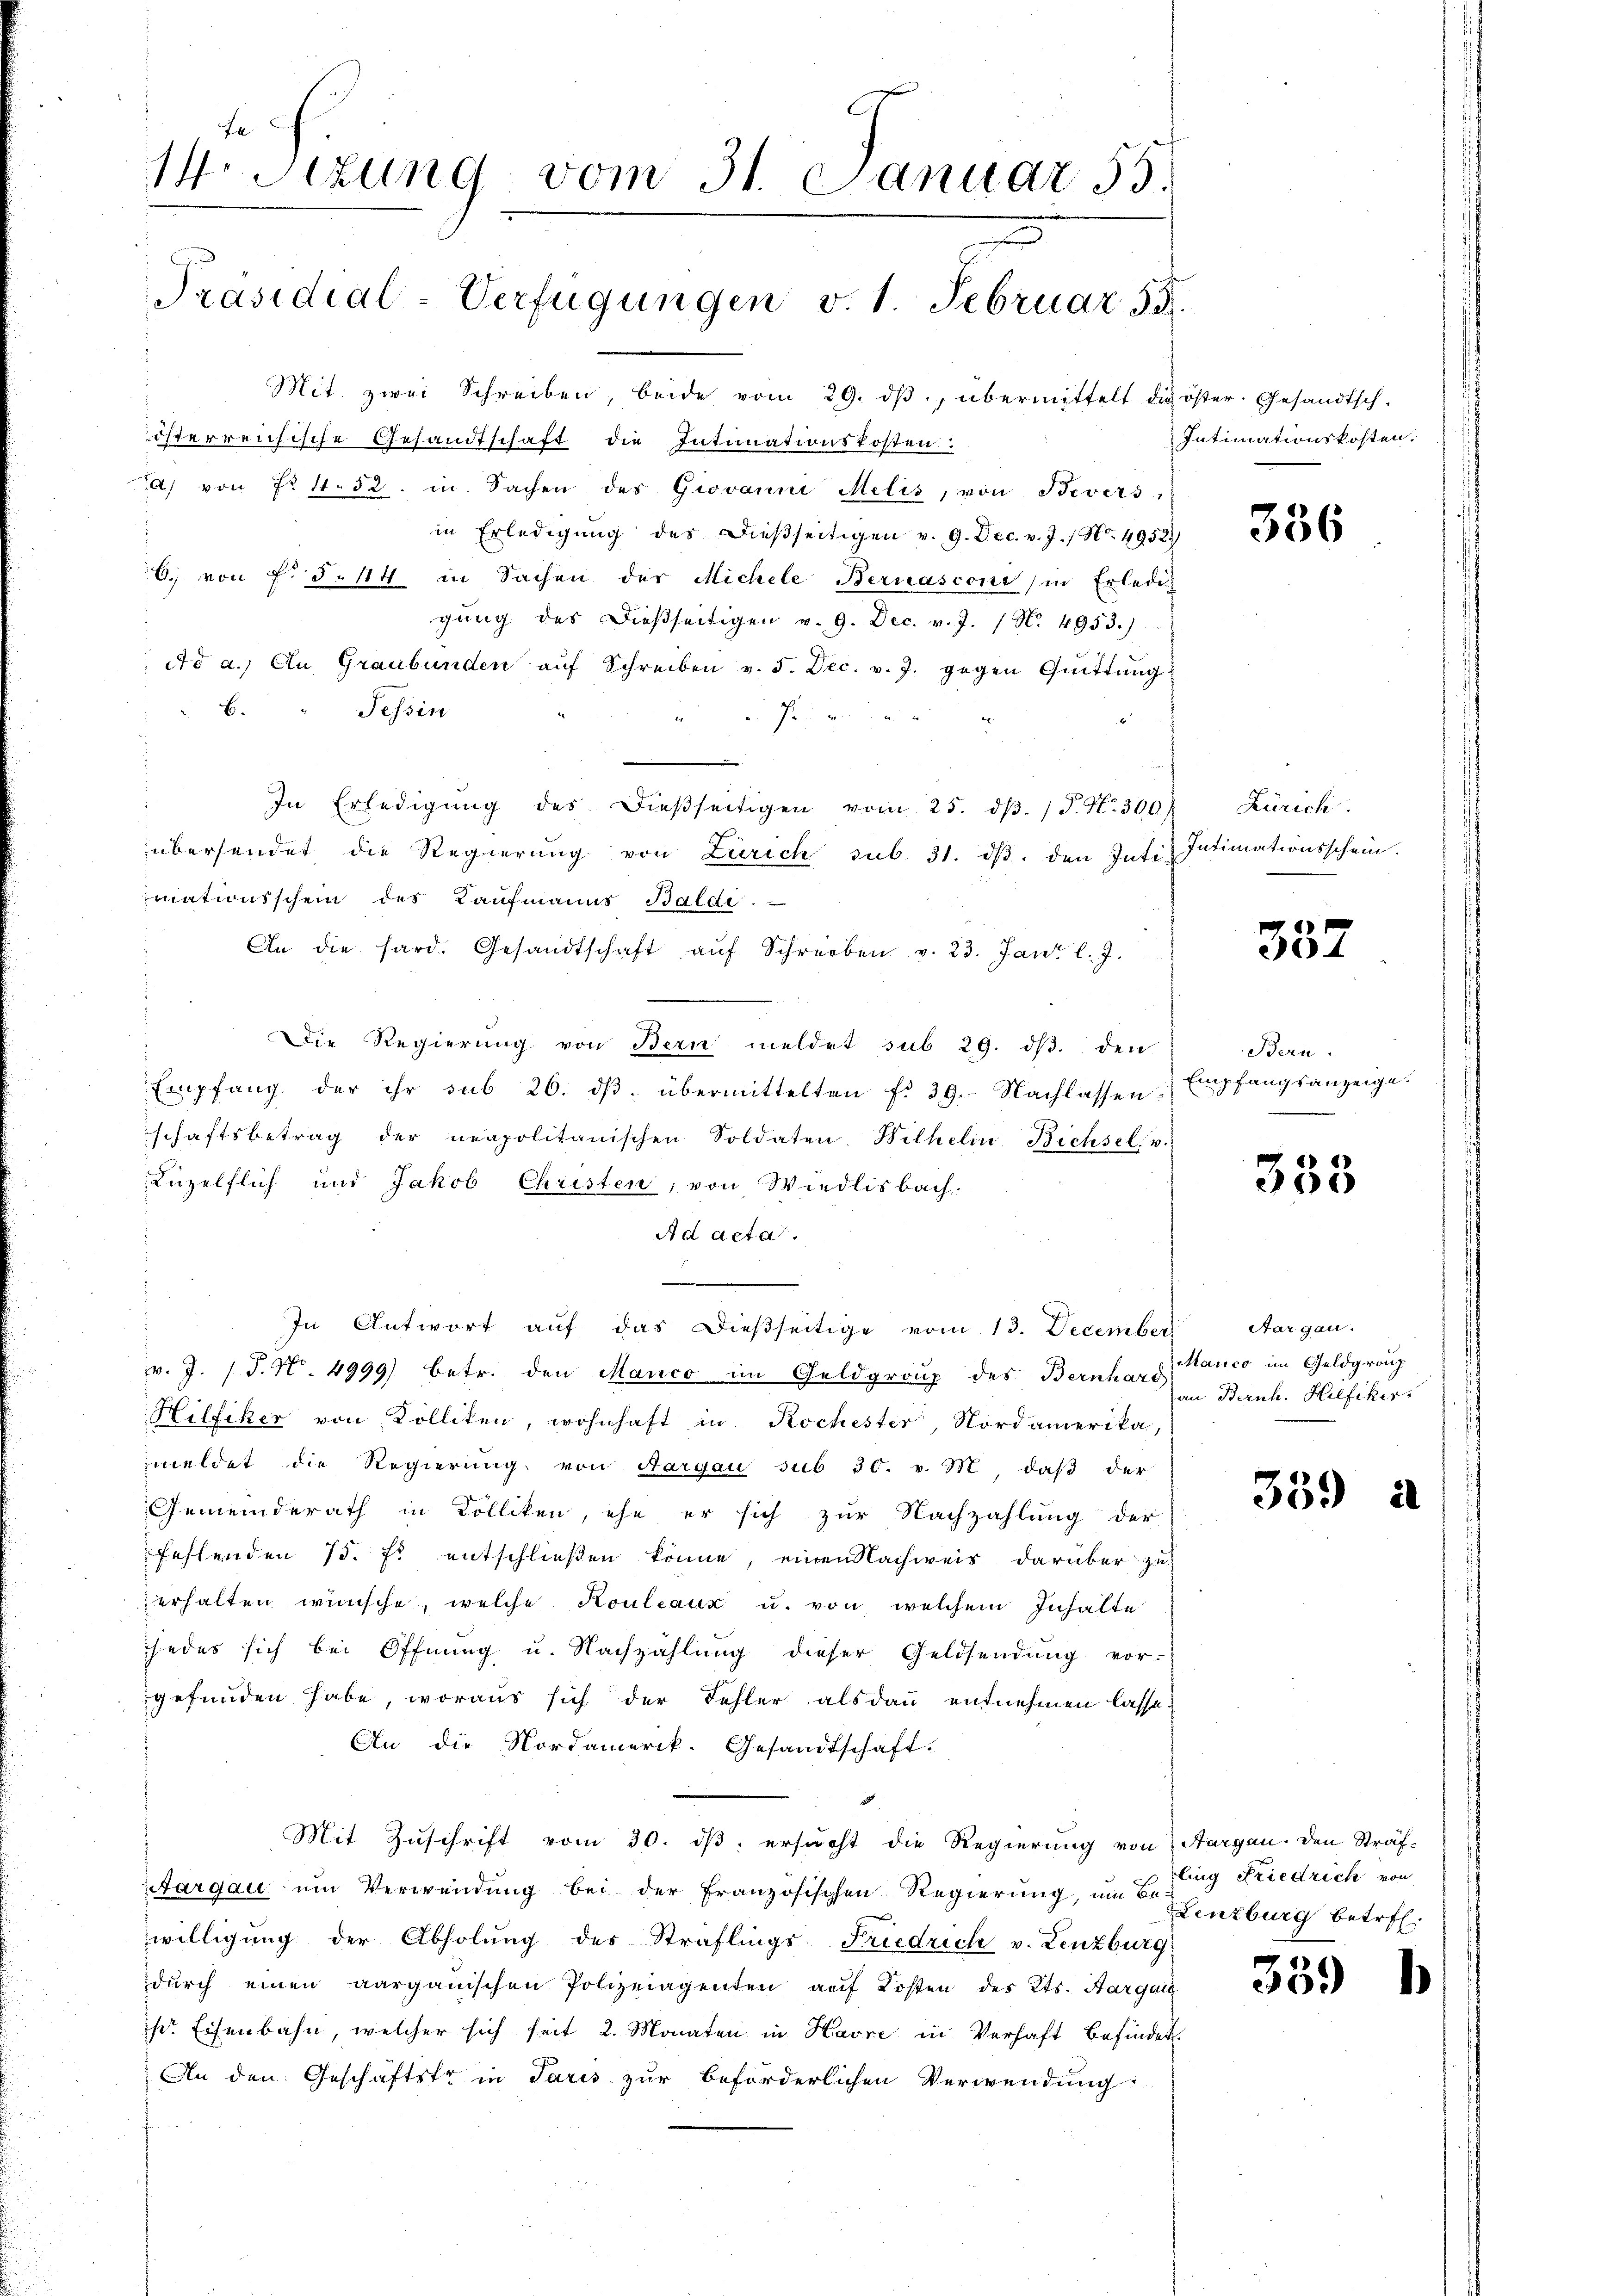
fe
Wr Sizung vom 31. Januar 53.
Präsidial-Verfügungen v. 1. Februar 58.

Mit. zwei Schreiben, beide vom 29. dβ, übermittelt die öster. Gesandtsch-
österreichische Gesandtschaft die Intinationskosten:
a) von Nr 11. 32. in Sachen des Giovanni Milić, von Bevers
in Erledigung des dießseitigen v. 9. Dec. v. J. / No. 4952.
6; von F. §. 44 in Sachen der Michele Bernasconi in Erledes
gŭng des dießseitigen v. 9. Dec. v. J. / N. 4953.)
Ad a. An Graubünden aŭf Schreiben v. 5. Dec. v. J. gegen Quittung
B.
Tessin
f
In Erledigŭng des Diesseitigen vom 25. dβ. / P. N. 300.
übersendet die Regierŭng von Zürich sub 31. dβ. den Inti-
mationsschein des Kaufmanns Baldi
An die sard. Gesandtschaft aŭf Schreiben v. 23. Janz l. J.
Die Regierung von Bern meldet sub 29. dβ. den
Empfang der ihr sub 26. dβ übermittelten f. 39. Nachlassen Empfangsanzeige.
schaftsbetrag der neapolitanischen Soldaten Wilhelin Bichsel, u.
Lüzelflich und Jakob Christen, von Wiedlisbach.
Ad acta.
.
In Antwort auf das dießseitige vom 13. December
v. J. J. J. No. 4999) betr. den Manco im Geldgroup des Bernhard anco im Geldgroup
Hilfiker von Kolliken, wohnhaft in Rochester, Nordamerika,
meldet die Regierung von Aargau sub 30. v. M. daβ der
Gemeinderath in Kölliken, ehe er sich zur Nachzahlung der
Fehlenden 75. Es entschließen könne, einen Nachweis darüber zu
erhalten wünsche, welche Kouleaux u. von welchem Inhalte
jedes sich bei Öffnung u. Nachzahlung dieser Geldsendung vor-
gefunden habe, woraus sich der Fehler alsdann entnehmen lasse.
An die Nordamerik. Gesandtschaft.
Mit Zuschrift vom 30. ds. ersucht die Regierung von Aargau. Den Straf-
argau um Verwendung bei der Französischen Regierung, um Bezug Friedrich von
willigung der Abholung des Straflings Friedrich v. Lenzburg
durch einen aargauischen Polizeiagenten auf Kosten des Kts. Aarga
sr. Eisenbahn, welcher sich seit 2. Monaten in Havre in Verhaft befinde
An den Geschäftstr in Paris zur beförderlichen Verwendung:

Intimationskosten.

)

336

Zürich.
Intimationsschein.

332

Bern.

333

Aargau.
an Bernh. Hilfiker.

359 a

Lenzburg betr.

339